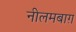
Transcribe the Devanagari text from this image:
नीलमबाग़